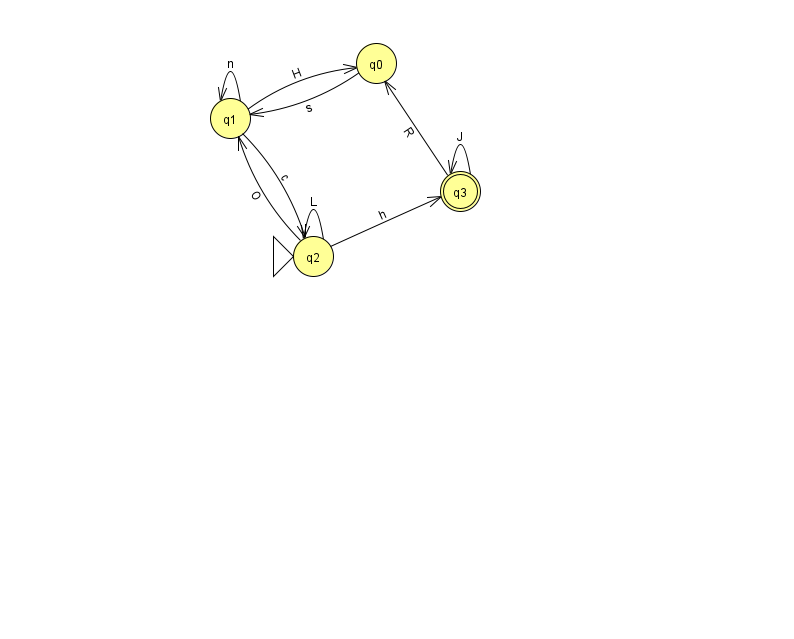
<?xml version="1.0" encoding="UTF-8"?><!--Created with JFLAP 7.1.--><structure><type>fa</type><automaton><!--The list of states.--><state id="0" name="q0"><x>376.0</x><y>50.0</y></state><state id="1" name="q1"><x>230.0</x><y>105.0</y></state><state id="2" name="q2"><x>313.0</x><y>243.0</y><initial/></state><state id="3" name="q3"><x>460.0</x><y>178.0</y><final/></state><!--The list of transitions.--><transition><from>3</from><to>0</to><read>R</read></transition><transition><from>1</from><to>2</to><read>c</read></transition><transition><from>0</from><to>1</to><read>s</read></transition><transition><from>2</from><to>1</to><read>O</read></transition><transition><from>3</from><to>3</to><read>J</read></transition><transition><from>2</from><to>3</to><read>h</read></transition><transition><from>2</from><to>2</to><read>L</read></transition><transition><from>1</from><to>0</to><read>H</read></transition><transition><from>1</from><to>1</to><read>n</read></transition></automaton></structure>